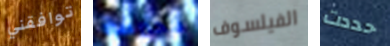
توافقني محترفة الفيلسوف حددت